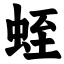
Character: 蛭